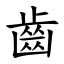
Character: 齒